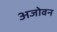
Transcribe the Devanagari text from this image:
अजोवन